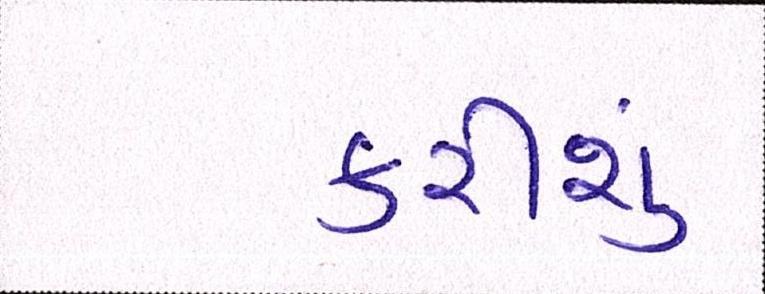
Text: કરીશું